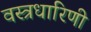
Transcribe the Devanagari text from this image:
वस्त्रधारिणी